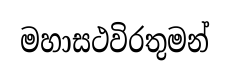
මහාසථවිරතුමන්